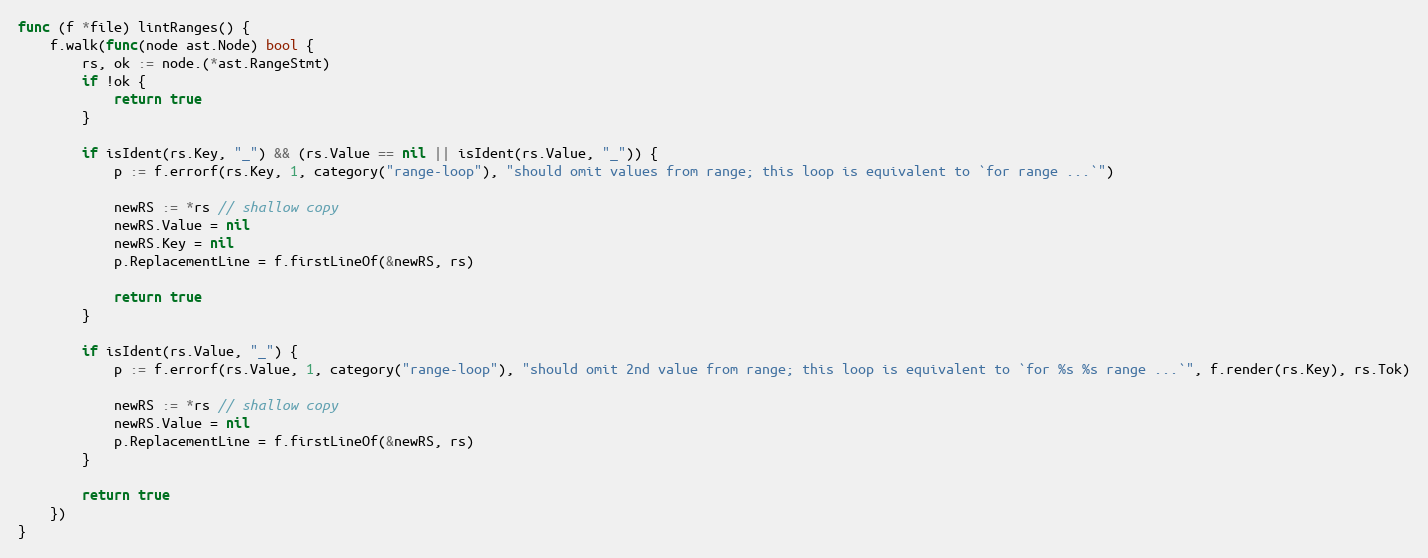
Language: Go
func (f *file) lintRanges() {
	f.walk(func(node ast.Node) bool {
		rs, ok := node.(*ast.RangeStmt)
		if !ok {
			return true
		}

		if isIdent(rs.Key, "_") && (rs.Value == nil || isIdent(rs.Value, "_")) {
			p := f.errorf(rs.Key, 1, category("range-loop"), "should omit values from range; this loop is equivalent to `for range ...`")

			newRS := *rs // shallow copy
			newRS.Value = nil
			newRS.Key = nil
			p.ReplacementLine = f.firstLineOf(&newRS, rs)

			return true
		}

		if isIdent(rs.Value, "_") {
			p := f.errorf(rs.Value, 1, category("range-loop"), "should omit 2nd value from range; this loop is equivalent to `for %s %s range ...`", f.render(rs.Key), rs.Tok)

			newRS := *rs // shallow copy
			newRS.Value = nil
			p.ReplacementLine = f.firstLineOf(&newRS, rs)
		}

		return true
	})
}